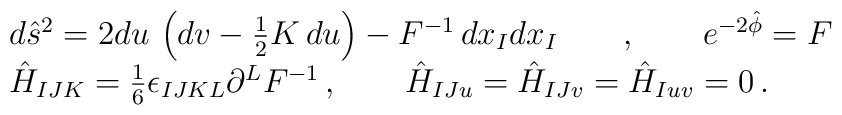
\begin{array}{l}d{\hat{s}}^2 = 2 du\, \left( dv - \frac{1}{2} K \, du \right) - F^{-1} \, dx_I dx_I \qquad , \qquad e^{-2 \hat{\phi}} = F \\\hat{H}_{IJK} = \frac{1}{6} \epsilon_{IJKL} \partial^L F^{-1}\, ,\qquad \hat{H}_{IJu} = \hat{H}_{IJv} = \hat{H}_{Iuv} = 0\, .\end{array}